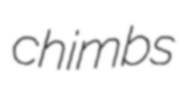
chimbs